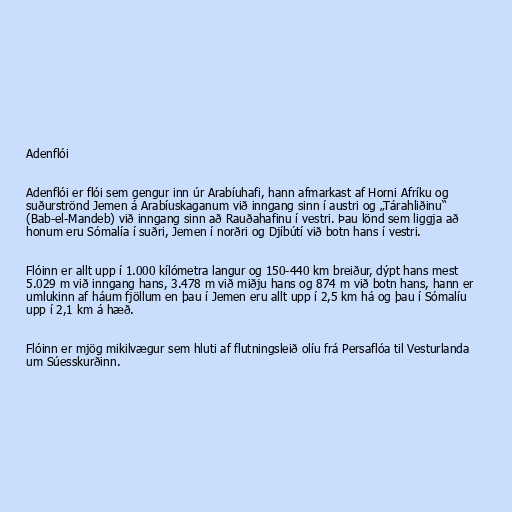
Adenflói

Adenflói er flói sem gengur inn úr Arabíuhafi, hann afmarkast af Horni Afríku og
suðurströnd Jemen á Arabíuskaganum við inngang sinn í austri og „Tárahliðinu“
(Bab-el-Mandeb) við inngang sinn að Rauðahafinu í vestri. Þau lönd sem liggja að
honum eru Sómalía í suðri, Jemen í norðri og Djíbútí við botn hans í vestri.

Flóinn er allt upp í 1.000 kílómetra langur og 150-440 km breiður, dýpt hans mest
5.029 m við inngang hans, 3.478 m við miðju hans og 874 m við botn hans, hann er
umlukinn af háum fjöllum en þau í Jemen eru allt upp í 2,5 km há og þau í Sómalíu
upp í 2,1 km á hæð.

Flóinn er mjög mikilvægur sem hluti af flutningsleið olíu frá Persaflóa til Vesturlanda
um Súesskurðinn.